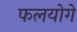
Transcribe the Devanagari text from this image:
फलयोगे